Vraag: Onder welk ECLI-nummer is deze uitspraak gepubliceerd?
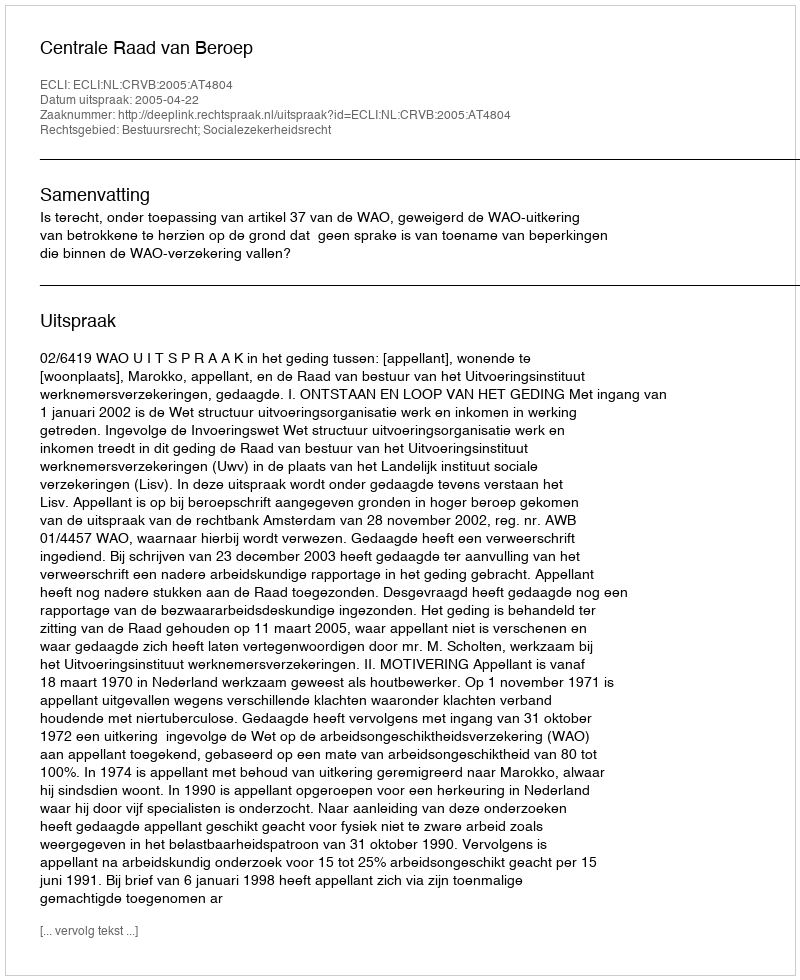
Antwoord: ECLI:NL:CRVB:2005:AT4804